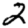
Digit: 2